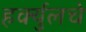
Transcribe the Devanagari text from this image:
हर्क्युलचे